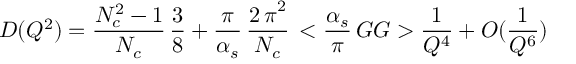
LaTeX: D ( Q ^ { 2 } ) = { \frac { N _ { c } ^ { 2 } - 1 } { N _ { c } } } \, { \frac { 3 } { 8 } } + { \frac { \pi } { \alpha _ { s } } } \, { \frac { { 2 \, \pi } ^ { 2 } } { N _ { c } } } \, < { { \frac { \alpha _ { s } } { \pi } } \, G G } > { \frac { 1 } { Q ^ { 4 } } } + O ( { \frac { 1 } { Q ^ { 6 } } } )